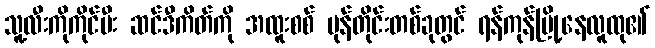
သူ့လီးကိုကိုင်ပီး ဆင်ဒီကိတ်ကို အထူးစစ် မုန်တိုင်းတစ်ခုတွင် ရန်ကုန်မြို့နေလူထု၏